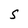
Character: S